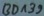
Text: BD139